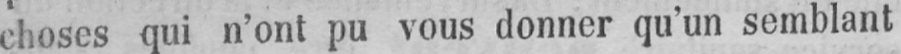
choses qui n’ont pu vous donner qu’un semblant